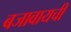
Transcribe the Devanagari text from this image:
बजावायची